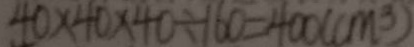
4 0 \times 4 0 \times 4 0 \div 1 6 0 = 4 0 0 ( c m ^ { 3 } )